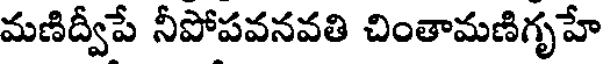
మణిద్వీపే నీపోపవనవతి చింతామణిగృహే